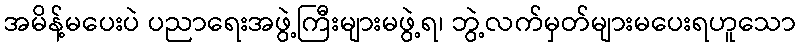
အမိန့်မပေးပဲ ပညာရေးအဖွဲ့ကြီးများမဖွဲ့ရ၊ ဘွဲ့လက်မှတ်များမပေးရဟူသော